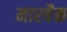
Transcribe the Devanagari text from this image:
मारबैक